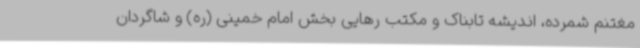
مغتنم شمرده، اندیشه تابناک و مکتب رهایی بخش امام خمینی (ره) و شاگردان